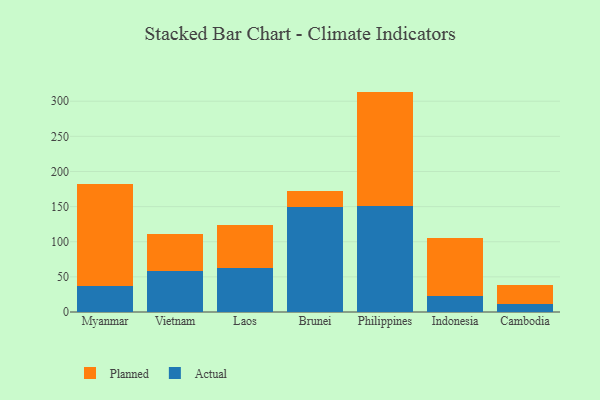
{"axis": {"x": "Country", "y": "Inventory Turnover"}, "legend": ["Actual", "Planned"], "data": [{"x": "Myanmar", "y": 36.4, "type": "Actual"}, {"x": "Myanmar", "y": 145.1, "type": "Planned"}, {"x": "Vietnam", "y": 58.7, "type": "Actual"}, {"x": "Vietnam", "y": 52.8, "type": "Planned"}, {"x": "Laos", "y": 62.6, "type": "Actual"}, {"x": "Laos", "y": 61.3, "type": "Planned"}, {"x": "Brunei", "y": 149.5, "type": "Actual"}, {"x": "Brunei", "y": 22.7, "type": "Planned"}, {"x": "Philippines", "y": 150.2, "type": "Actual"}, {"x": "Philippines", "y": 163.5, "type": "Planned"}, {"x": "Indonesia", "y": 23.3, "type": "Actual"}, {"x": "Indonesia", "y": 82.0, "type": "Planned"}, {"x": "Cambodia", "y": 11.9, "type": "Actual"}, {"x": "Cambodia", "y": 26.3, "type": "Planned"}]}